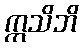
ဣသိဘိ